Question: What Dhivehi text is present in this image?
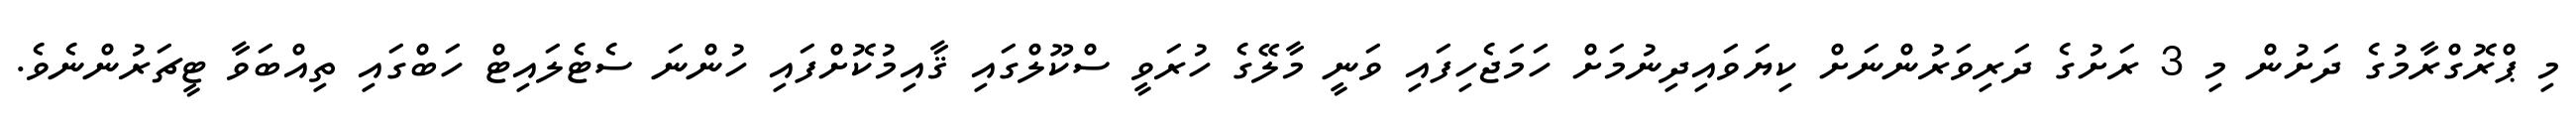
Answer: މި ޕްރޮގްރާމުގެ ދަށުން މި 3 ރަށުގެ ދަރިވަރުންނަށް ކިޔަވައިދިނުމަށް ހަމަޖެހިފައި ވަނީ މާލޭގެ ހުރަވީ ސްކޫލްގައި ޤާއިމުކޮށްފައި ހުންނަ ސެޓެލައިޓް ހަބްގައި ތިއްބަވާ ޓީޗަރުންނެވެ.